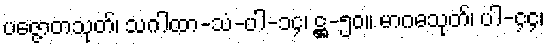
ပဇ္ဇောတသုတ်၊ သဂါထာ-သံ-ပါ-၁၄၊ ဋ္ဌ-၅၀။ မာဂဓသုတ်၊ ပါ-၄၄၊